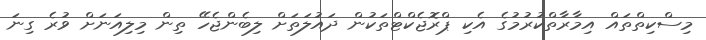
މިސްކިތްތައް އިމާރާތްކުރުމުގެ އެކި ޕްރޮޖެކްޓްތަކުން ދައުލަތަށް ލިބެންޖެހޭ ތިން މިލިއަނަށް ވުރެ ގިނަ